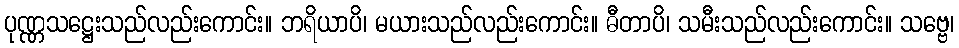
ပုဏ္ဏသဋ္ဌေးသည်လည်းကောင်း။ ဘရိယာပိ၊ မယားသည်လည်းကောင်း။ ဓီတာပိ၊ သမီးသည်လည်းကောင်း။ သဗ္ဗေ၊